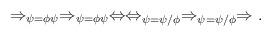
LaTeX: \begin{align*} \Rightarrow _{\psi = \phi\psi} \Rightarrow _{\psi = \phi\psi} \Leftrightarrow \Leftrightarrow _{\psi = \psi/\phi} \Rightarrow _{\psi = \psi/\phi} \Rightarrow .\end{align*}